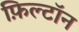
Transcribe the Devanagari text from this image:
फ़िल्टॉन